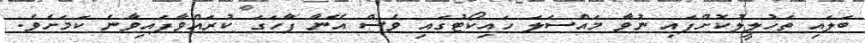
ބަލައި ތަހުލީލުކޮށްފައި ނުވާ މައްސަލަ ހައިކޯޓުގައި ވެސް އޭނާ ފާހަގަ ކުރައްވާފައިވާނެ ކަމަށެވެ.